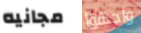
مجانيه واجهوا